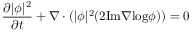
\frac { \partial | \phi | ^ { 2 } } { \partial t } + \nabla \cdot ( | \phi | ^ { 2 } ( 2 \mathrm { I m } \nabla \mathrm { l o g } \phi ) ) = 0